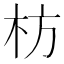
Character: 枋